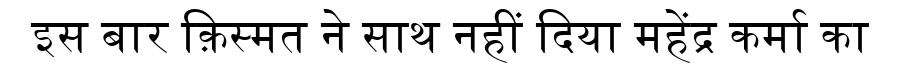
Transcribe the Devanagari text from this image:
इस बार क़िस्मत ने साथ नहीं दिया महेंद्र कर्मा का